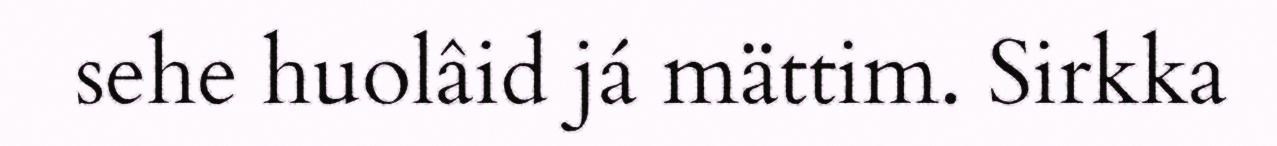
sehe huolâid já mättim. Sirkka